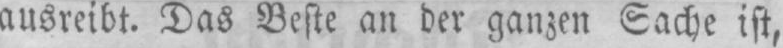
ausreibt. Das Beste an der ganzen Sache ist,